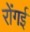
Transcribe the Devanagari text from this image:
रोंगई